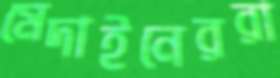
মেদাইনেররা